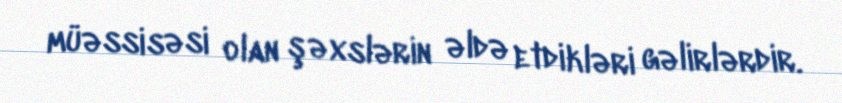
müəssisəsi olan şəxslərin əldə etdikləri gəlirlərdir.